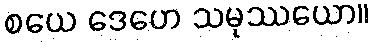
စယေ ဒေဟေ သမုဿယော။